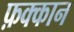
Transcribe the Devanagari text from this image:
फ़क्कान